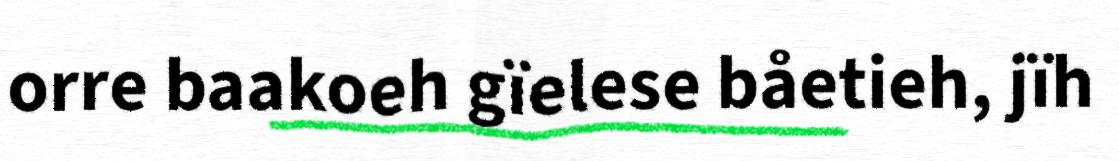
orre baakoeh gïelese båetieh, jïh